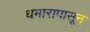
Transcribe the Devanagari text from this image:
धमारापासून